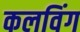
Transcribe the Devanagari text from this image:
कलविंग